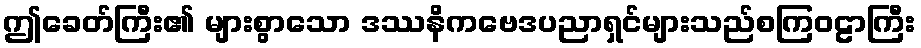
ဤခေတ်ကြီး၏ များစွာသော ဒဿနိကဗေဒပညာရှင်များသည်စကြဝဠာကြီး